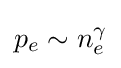
p_{e}\sim n_{e}^{\gamma }